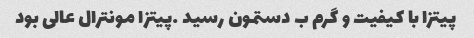
پیتزا با کیفیت و گرم ب دستمون رسید …پیتزا مونترال عالی بود